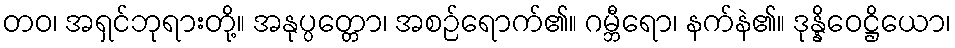
တဝ၊ အရှင်ဘုရားတို့။ အနုပ္ပတ္တော၊ အစဉ်ရောက်၏။ ဂမ္ဘီရော၊ နက်နဲ၏။ ဒုန္နိဝေဋ္ဌိယော၊